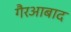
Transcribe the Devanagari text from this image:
गैरआबाद